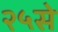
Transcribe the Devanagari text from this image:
२५से